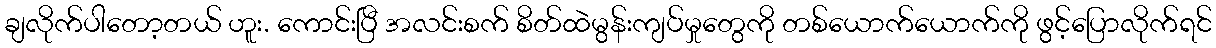
ချလိုက်ပါတော့တယ် ဟူး. ကောင်းပြီ အလင်းစက် စိတ်ထဲမွန်းကျပ်မှုတွေကို တစ်ယောက်ယောက်ကို ဖွင့်ပြောလိုက်ရင်